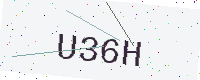
Text: U36H